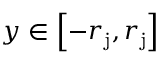
y \in \left[ - r _ { \mathrm { j } } , r _ { \mathrm { j } } \right]